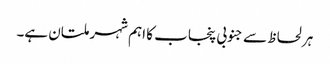
ہر لحاظ سے جنوبی پنجاب کا اہم شہر ملتان ہے۔